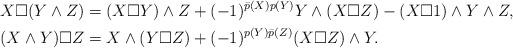
LaTeX: \begin{align*}X \Box ( Y \wedge Z) &= (X \Box Y) \wedge Z + (-1)^{\bar{p}(X)p(Y)} Y \wedge (X \Box Z) - (X \Box 1)\wedge Y \wedge Z,\\(X \wedge Y) \Box Z &= X \wedge (Y \Box Z) + (-1)^{p(Y)\bar{p}(Z)}(X \Box Z) \wedge Y.\end{align*}